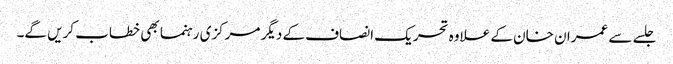
جلسے سے عمران خان کے علاوہ تحریک انصاف کے دیگر مرکزی رہنما بھی خطاب کریں گے۔